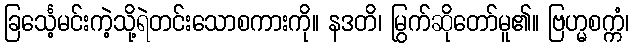
ခြင်္သေ့မင်းကဲ့သို့ရဲတင်းသောစကားကို။ နဒတိ၊ မြွက်ဆိုတော်မူ၏။ ဗြဟ္မစက္ကံ၊